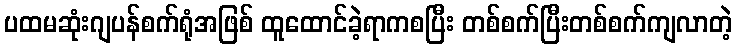
ပထမဆုံးဂျပန်စက်ရုံအဖြစ် ထူထောင်ခဲ့ရာကစပြီး တစ်စက်ပြီးတစ်စက်ကျလာတဲ့